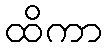
ထိကာ